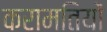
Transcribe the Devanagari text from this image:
करामतियों